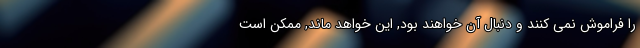
را فراموش نمی کنند و دنبال آن خواهند بود, این خواهد ماند, ممکن است